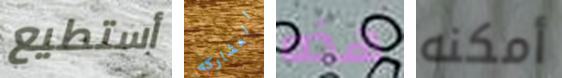
أستطيع المشاركه هذه أمكنه